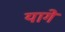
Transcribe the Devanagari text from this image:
यागे